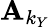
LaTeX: \mathbf{A}_{k_{Y}}